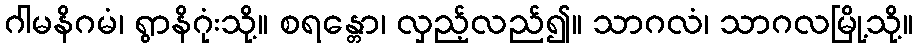
ဂါမနိဂမံ၊ ရွာနိဂုံးသို့။ စရန္တော၊ လှည့်လည်၍။ သာဂလံ၊ သာဂလမြို့သို့။